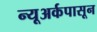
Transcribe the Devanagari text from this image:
न्यूअर्कपासून